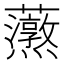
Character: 𧅐